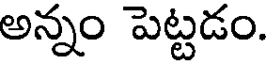
అన్నం పెట్టడం.